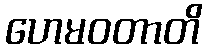
ဟေမဝတာတိ